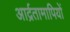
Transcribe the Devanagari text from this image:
आर्द्रतामापियों